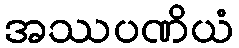
အဿပဏိယံ